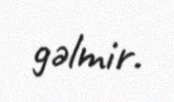
gəlmir.